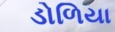
ડોળિયા